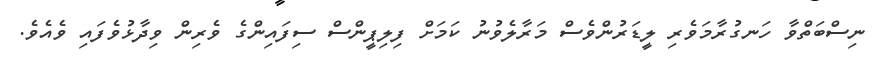
ނިސްބަތްވާ ހަނގުރާމަވެރި ލީޑަރުންވެސް މަރާލެވުނު ކަމަށް ފިލިޕީންސް ސިފައިންގެ ވެރިން ވިދާޅުވެފައި ވެއެވެ.